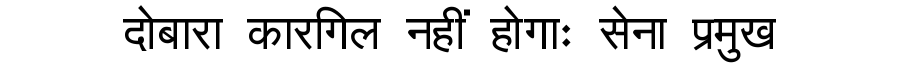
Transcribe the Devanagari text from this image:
दोबारा कारगिल नहीं होगाः सेना प्रमुख